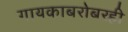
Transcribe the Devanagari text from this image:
गायकाबरोबरही